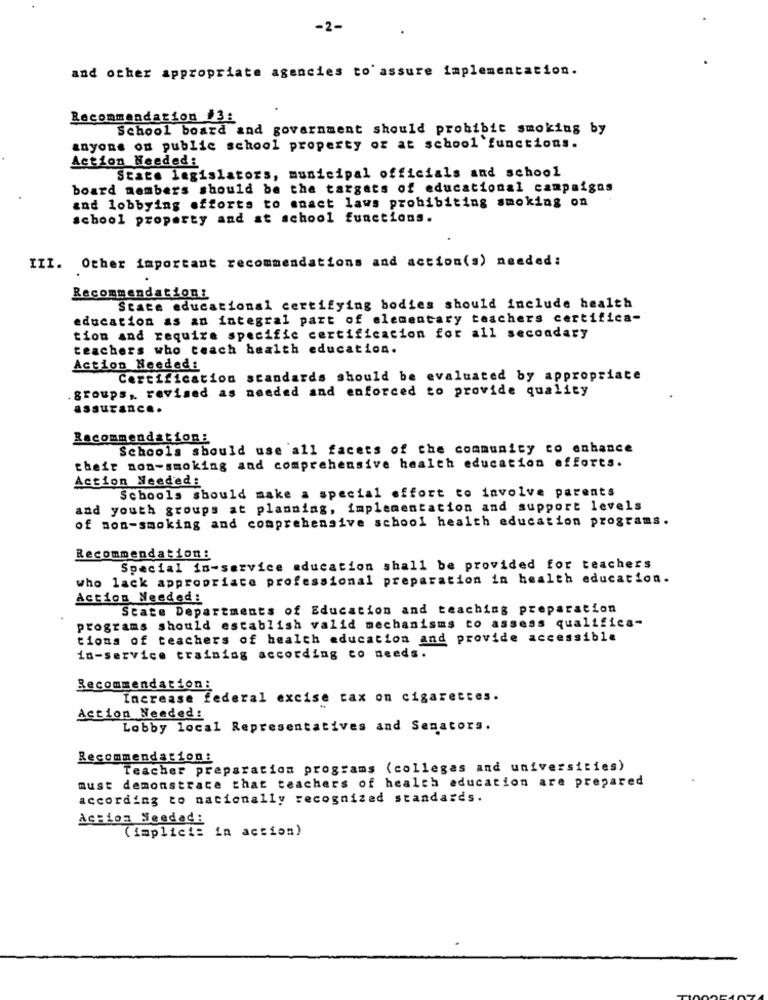
-2-
and other appropriate agencies to assure implementation.
Recommendation #3:
School board and government should prohibit smoking by
anyone on public school property of at school functions.
Action Needed:
State legislators, municipal officials and school
board members should be the targets of educational campaigns
and lobbying efforts to enact laws prohibiting smoking on
school property and at school functions.
III. Other important recommendations and action(s) needed:
Recommendation:
State educational certifying bodies should include health
education as an integral part of elementary teachers certifica-
tion and require specific certificacion for all secondary
teachers who teach health education.
Action Needed:
Certification standards should be evaluated by appropriate
groups, revised as needed and enforced to provide quality
assurance.
Recommendation:
Schools should use all facets of the community to enhance
their non-smoking and comprehensive health education efforts.
Action Needed:
Schools should make a special effort to involve parents
and youth groups at planning, implementation and support levels
of non-smoking and comprehensive school health education programs.
Recommendation:
Special in-service education shall be provided for teachers
who lack appropriate professional preparation in health education.
Action Needed:
State Departments of Education and teaching preparation
programs should establish valid mechanisms to assess qualifica-
tions of teachers of health education and provide accessible
in-service training according to needs.
Recommendation:
Increase federal excise tax on cigarettes.
Action Needed:
Lobby local Representatives and Senators.
Recommendation:
Teacher preparation programs (colleges and universities)
must demonstrate that teachers of health education are prepared
according to nationally recognized standards.
Accion Seedad:
(implici: in action)